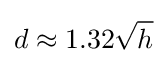
d\approx 1.32{\sqrt {h}}